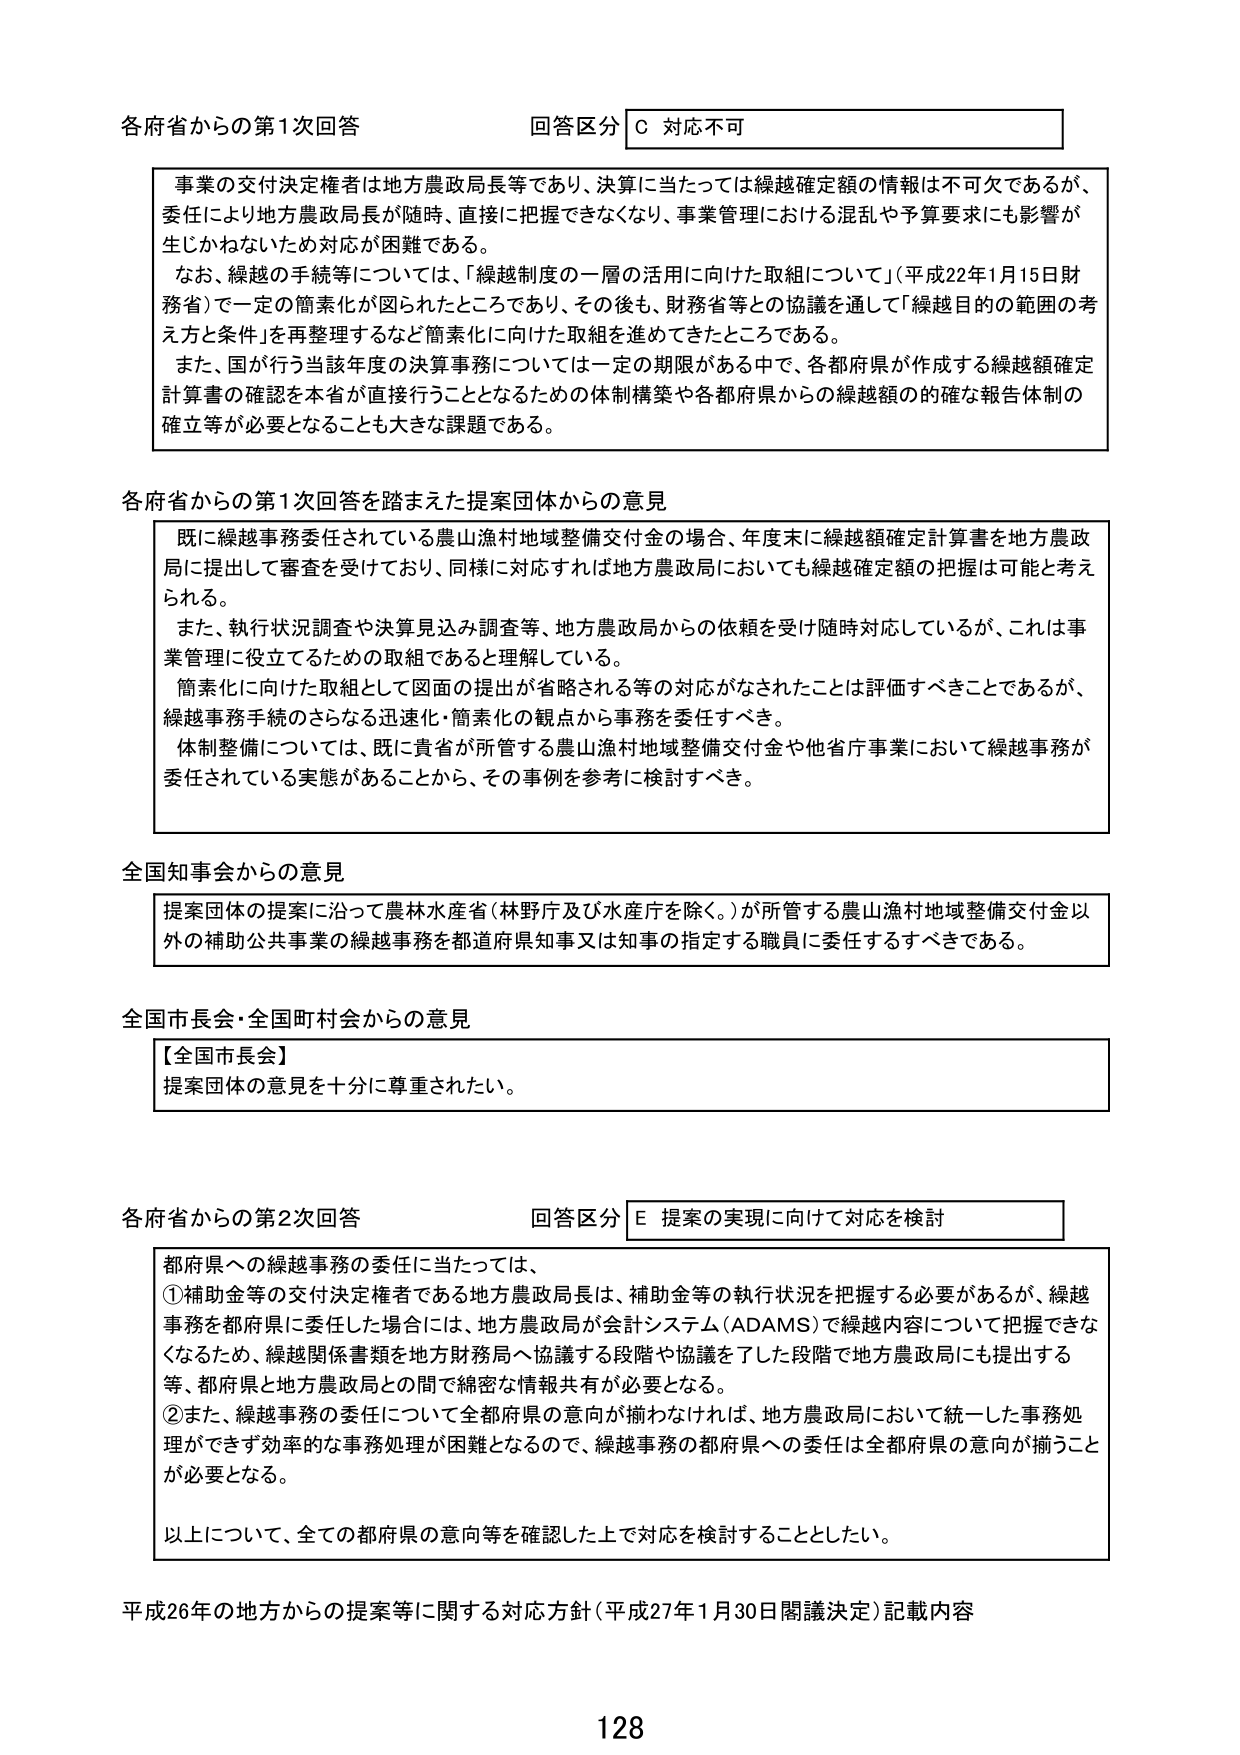
各府省からの第1次回答 回答区分 C 対応不可

事業の交付決定権者は地方農政局長等であり、決算に当たっては繰越確定額の情報は不可欠であるが、
委任により地方農政局長が随時、直接に把握できなくなり、事業管理における混乱や予算要求にも影響が
生じかねないため対応が困難である。
なお、繰越の手続等については、「繰越制度の一層の活用に向けた取組について」（平成22年1月15日財
務省）で一定の簡素化が図られたところであり、その後も、財務省等との協議を通じて「繰越目的の範囲の考
え方と条件」を再整理するなど簡素化に向けた取組を進めてきたところである。
また、国が行う当該年度の決算事務については一定の期限がある中で、各都府県が作成する繰越額確定
計算書の確認を本省が直接行うこととなるための体制構築や各都府県からの繰越額の的確な報告体制の
確立等が必要となることも大きな課題である。

各府省からの第1次回答を踏まえた提案団体からの意見

既に繰越事務委任されている農山漁村地域整備交付金の場合、年度末に繰越額確定計算書を地方農政
局に提出して審査を受けており、同様に対応すれば地方農政局においても繰越確定額の把握は可能と考え
られる。
また、執行状況調査や決算見込み調査等、地方農政局からの依頼を受け随時対応しているが、これは事
業管理に役立てるための取組であると理解している。
簡素化に向けた取組として図面の提出が省略される等の対応がなされたことは評価すべきことであるが、
繰越事務手続のさらなる迅速化・簡素化の観点から事務を委任すべき。
体制整備については、既に貴省が所管する農山漁村地域整備交付金や他省庁事業において繰越事務が
委任されている実態があることから、その事例を参考に検討すべき。

全国知事会からの意見

提案団体の提案に沿って農林水産省（林野庁及び水産庁を除く。）が所管する農山漁村地域整備交付金以
外の補助公共事業の繰越事務を都道府県知事又は知事の指定する職員に委任するすべきである。

全国市長会・全国町村会からの意見

【全国市長会】
提案団体の意見を十分に尊重されたい。

各府省からの第2次回答 回答区分 E 提案の実現に向けて対応を検討

都府県への繰越事務の委任に当たっては、
①補助金等の交付決定権者である地方農政局長は、補助金等の執行状況を把握する必要があるが、繰越
事務を都府県に委任した場合には、地方農政局が会計システム（ADAMS）で繰越内容について把握できな
くなるため、繰越関係書類を地方財政局へ協議する段階や協議を了した段階で地方農政局にも提出する
等、都府県と地方農政局との間で綿密な情報共有が必要となる。
②また、繰越事務の委任について全都府県の意向が揃わなければ、地方農政局において統一した事務処
理ができる効率的な事務処理が困難となるので、繰越事務の都府県への委任は全都府県の意向が揃うこと
が必要となる。
以上について、全ての都府県の意向等を確認した上で対応を検討することとした。

平成26年の地方からの提案等に関する対応方針（平成27年1月30日閣議決定）記載内容

128